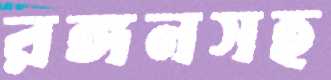
রঙ্গনসহ